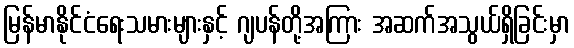
မြန်မာနိုင်ငံရေးသမားများနှင့် ဂျပန်တို့အကြား အဆက်အသွယ်ရှိခြင်းမှာ